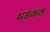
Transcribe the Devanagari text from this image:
थडकत